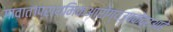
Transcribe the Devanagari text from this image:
गावात१प्राथमिकआरोग्यउपकेंद्रआहे